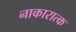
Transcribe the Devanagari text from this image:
नाकारात्क